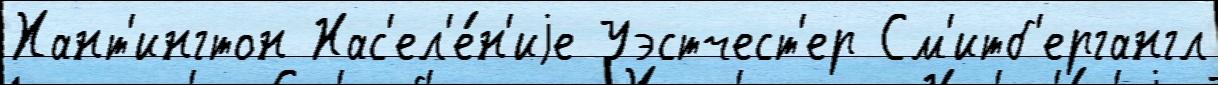
Хант'ингтон Нас'ел'е́н'иjе Уэстчест'ер См'итб'ергангл